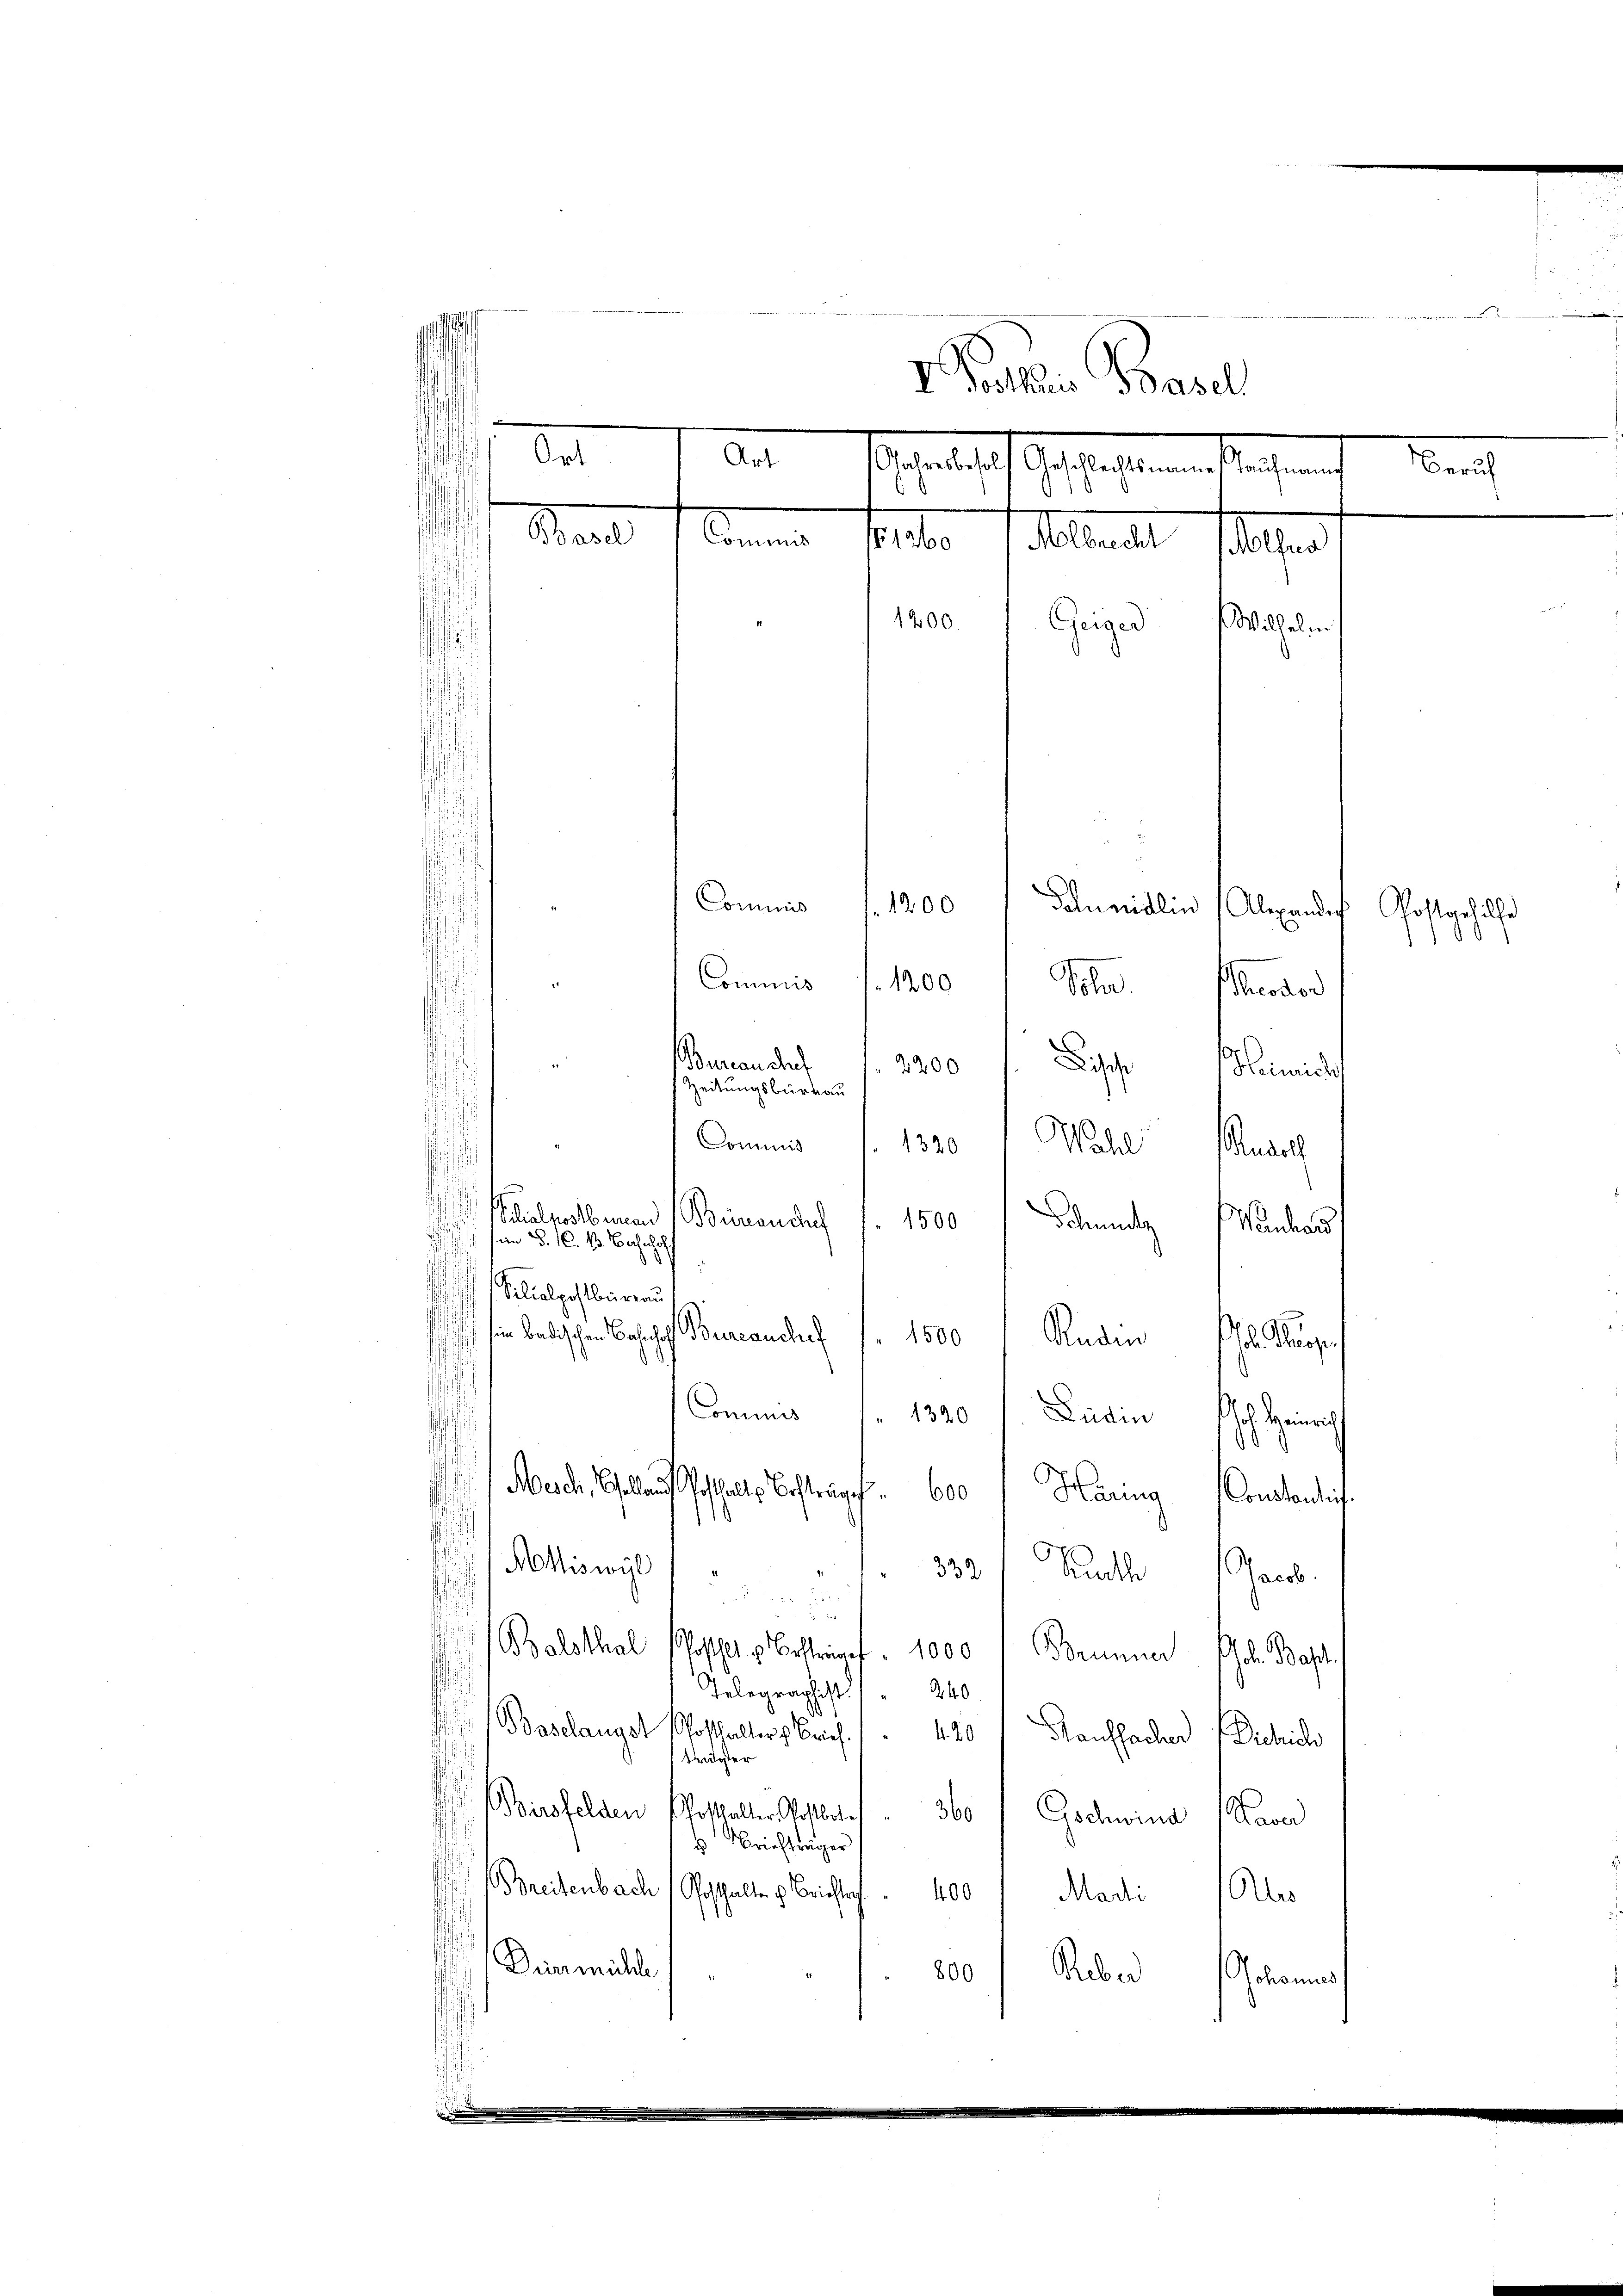
.

 Puchen Basel
Ort
Art
Nerach
sesentlich gestaltenen der eines
Staat
Sommen solter sollent folgen
1200.
Geige
Wilhelm
Commis 1200
Dlunidlin (Alexandes Postgehülfe

Commis f. 1200 Sohn oder
Bureau chef
2200 Pf Heimisch
Zeitungsburg au
Commis 1820 Wahl Andel
Silialpostbaren (Biemanchef
Schmutz
u
1500
Wanhard

 kein B. 1. 13. Nachachs
s
Silialpostbüreau
in badischen Bahnhof Borercanchef
1500
Raden
l. Pup
Commis (1340 l. Ludin Joh. Heinrich
s
Med. Gehalte Betrag. 600 Häring Constantis
¬
.
Akiswyl
332 f Buch Jacob.
i
.
2
Balsthal
Posthalte Bestraf. 1000 / Brunner l. Bapt.
Telegraphist. " " 240
d
) Baselangst
Posthalter h. Brief
420 f Haussacher (Diehlich
trägter
Birsfelden Potthalter Postbote,
360
Gschwind aver
 Brieftiger
 breitenbach
Posthalten u. Briefter
400   Madi (Ales
Diermühle
Reber
800
Johannes
.